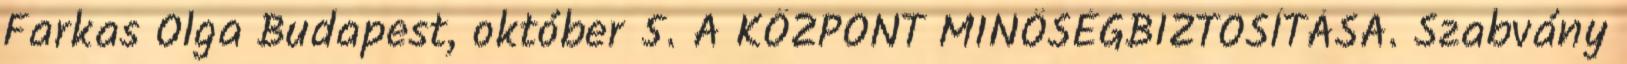
Farkas Olga Budapest, október 5. A KÖZPONT MINŐSÉGBIZTOSÍTÁSA. Szabvány